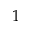
1